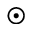
\odot